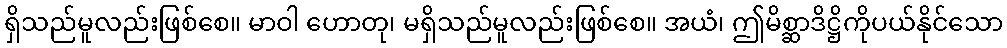
ရှိသည်မူလည်းဖြစ်စေ။ မာဝါ ဟောတု၊ မရှိသည်မူလည်းဖြစ်စေ။ အယံ၊ ဤမိစ္ဆာဒိဋ္ဌိကိုပယ်နိုင်သော